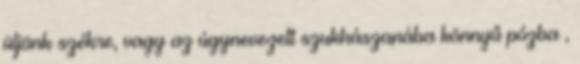
üljünk székre, vagy az úgynevezett szukhászanába könnyű pózba ,